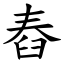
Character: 舂